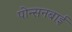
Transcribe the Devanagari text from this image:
पोन्सनबाई